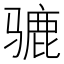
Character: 𫠋